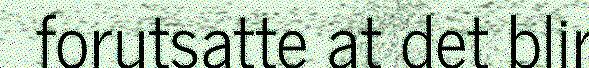
forutsatte at det blir